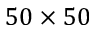
5 0 \times 5 0